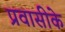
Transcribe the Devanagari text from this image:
प्रवासीके